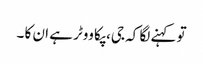
تو کہنے لگا کہ جی، پکا ووٹر ہے ان کا ۔